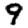
Digit: 9